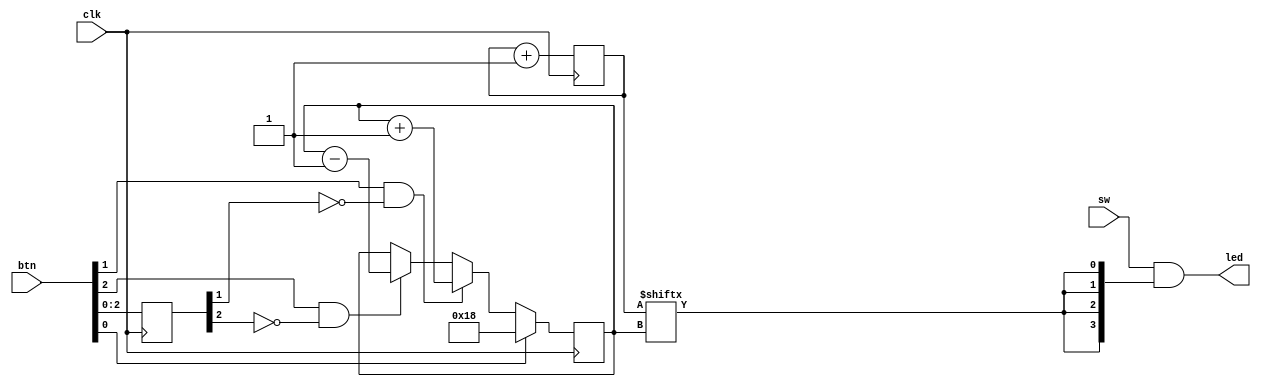
`timescale 1ns / 1ps
//////////////////////////////////////////////////////////////////////////////////
// Company: 
// Engineer: 
// 
// Design Name: 
// Module Name: top
// Project Name: 
// Target Devices: 
// Tool Versions: 
// Description: 
// 
// Dependencies: 
// 
// Revision:
// Revision 0.01 - File Created
// Additional Comments:
// 
//////////////////////////////////////////////////////////////////////////////////


module top(
    input clk,
    input [3:0] sw,
    input [3:0] btn,
    output [3:0] led
    );
    
    reg [31:0] count;
    reg [4:0] period;
    reg [4:0] button_state;
    
    assign led = sw & {4{count[period]}};
    // counter
    always @ (posedge(clk)) begin
        count <= count + 1;
        period <= btn[0]? 5'b11000 : period;
        if (btn[0])
            period <= 5'b11000;
        else if (btn[1] && !button_state[1])
            period <= period + 1'b1;
        else if (btn[2] && !button_state[2])
            period <= period - 1'b1;
        else 
            period <= period;
        button_state <= btn;
    end
    
endmodule